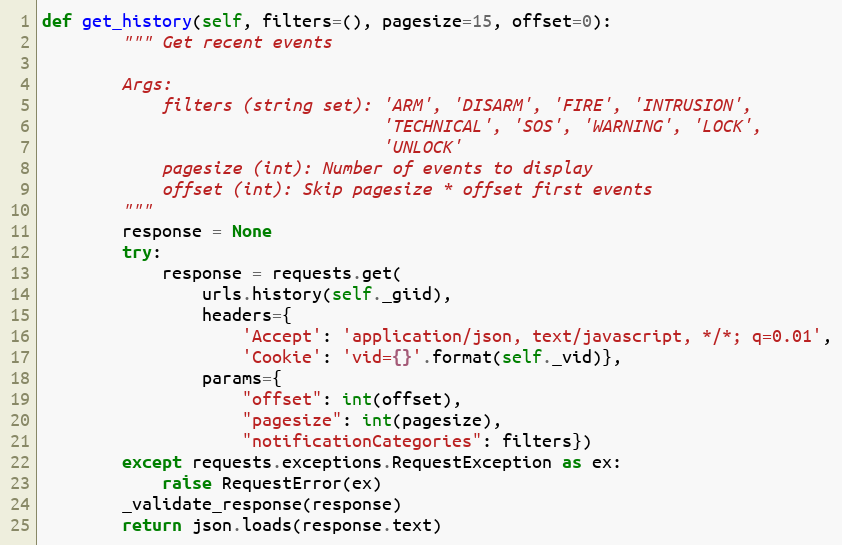
Language: Python
def get_history(self, filters=(), pagesize=15, offset=0):
        """ Get recent events

        Args:
            filters (string set): 'ARM', 'DISARM', 'FIRE', 'INTRUSION',
                                  'TECHNICAL', 'SOS', 'WARNING', 'LOCK',
                                  'UNLOCK'
            pagesize (int): Number of events to display
            offset (int): Skip pagesize * offset first events
        """
        response = None
        try:
            response = requests.get(
                urls.history(self._giid),
                headers={
                    'Accept': 'application/json, text/javascript, */*; q=0.01',
                    'Cookie': 'vid={}'.format(self._vid)},
                params={
                    "offset": int(offset),
                    "pagesize": int(pagesize),
                    "notificationCategories": filters})
        except requests.exceptions.RequestException as ex:
            raise RequestError(ex)
        _validate_response(response)
        return json.loads(response.text)